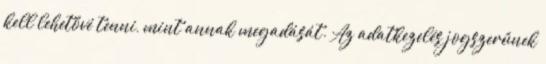
kell lehetővé tenni, mint annak megadását. Az adatkezelés jogszerűnek